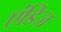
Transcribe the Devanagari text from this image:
एंडिज